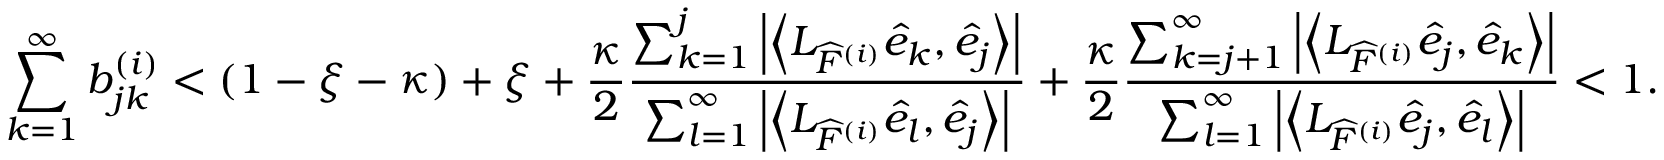
\sum _ { k = 1 } ^ { \infty } b _ { j k } ^ { ( i ) } < ( 1 - \xi - \kappa ) + \xi + \frac { \kappa } { 2 } \frac { \sum _ { k = 1 } ^ { j } \left| \left\langle L _ { \widehat { F } ^ { ( i ) } } \widehat { e } _ { k } , \widehat { e } _ { j } \right\rangle \right| } { \sum _ { l = 1 } ^ { \infty } \left| \left\langle L _ { \widehat { F } ^ { ( i ) } } \widehat { e } _ { l } , \widehat { e } _ { j } \right\rangle \right| } + \frac { \kappa } { 2 } \frac { \sum _ { k = j + 1 } ^ { \infty } \left| \left\langle L _ { \widehat { F } ^ { ( i ) } } \widehat { e } _ { j } , \widehat { e } _ { k } \right\rangle \right| } { \sum _ { l = 1 } ^ { \infty } \left| \left\langle L _ { \widehat { F } ^ { ( i ) } } \widehat { e } _ { j } , \widehat { e } _ { l } \right\rangle \right| } < 1 .